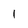
Character: I